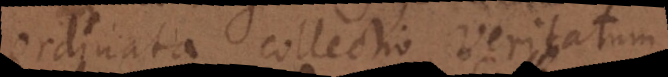
ordinata collectio Veritatum,